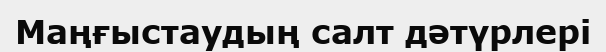
Маңғыстаудың салт дәтүрлері